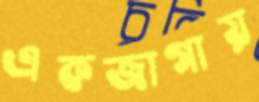
একজাগায়